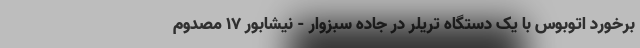
برخورد اتوبوس با یک دستگاه تریلر در جاده سبزوار - نیشابور ۱۷ مصدوم